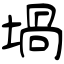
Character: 堝